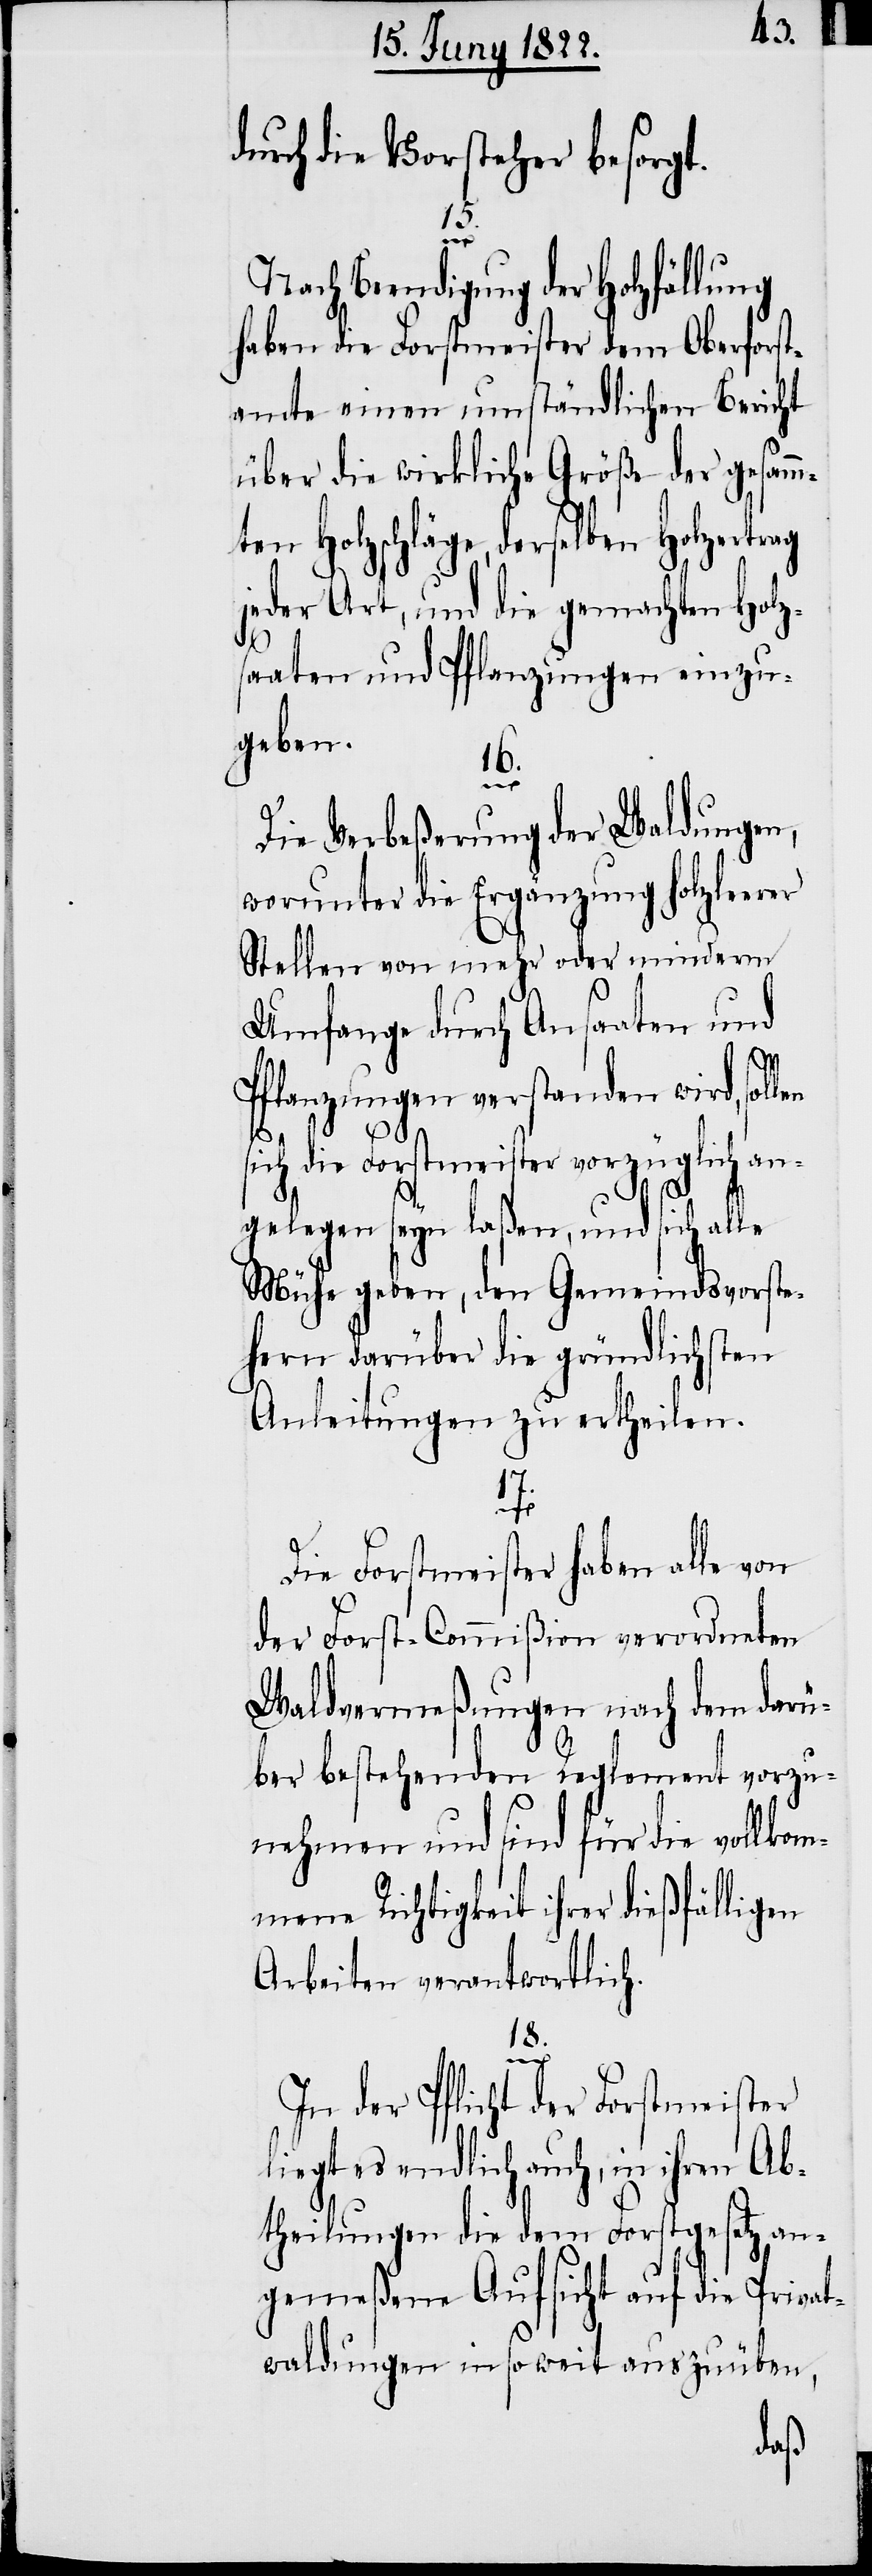
durch die Vorsteher besorgt.
15.
m¬
Nach Beendigung der Holzfällung
haben die Forstmeister dem Oberforst¬
amte einen umständlichen Bericht
über die wirkliche Größe der gesamm¬
ten Holzschläge, derselben
jeder Art, und die gemachten Holz¬
saaten und Pflanzungen einzu¬
geben.
16.
Die Verbeßerung der Waldungen,
worunter die Ergänzung holzleerer
Stellen von mehr oder mindern
Umfange durch Ansaaten und
Pflanzungen verstanden wird, sollen
sich die Forstmeister vorzüglich an¬
gelegen seyn laßen, und sich alle
Mühe geben, den Gemeindsvorste¬
hern darüber die gründlichsten
Anleitungen zu ertheilen.
17.
Die Forstmeister haben alle von
der Forst-Commißion verordneten
Waldvermeßungen nach dem darü¬
ber bestehenden Reglement vorzu¬
nehmen und sind für die vollko¬
mene Richtigkeit ihrer dießfälligen
Arbeiten verantwortlich.
18.
In der Pflicht der Forstmeister
liegt es endlich auch, in ihren Ab¬
theilungen die dem Forstgesetz an¬
gemeßene Aufsicht auf die Privat¬
waldungen in so weit auszuüben,